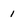
Character: 1